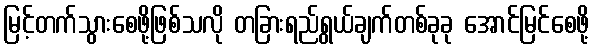
မြင့်တက်သွားစေဖို့ဖြစ်သလို တခြားရည်ရွယ်ချက်တစ်ခုခု အောင်မြင်စေဖို့